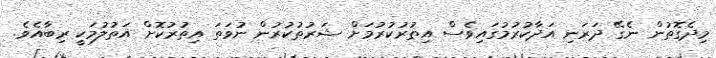
މިދެގޮތުން ނެގޭ ދަރަނި އަދާކުރުމުގައިވެސް އިތުރުކުރުމަށް ޝަރުތުކުރުން ނުވަތަ އިތުރުކޮށް އަތުލުމަކީ ރިބާއެވެ.